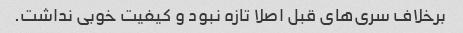
برخلاف سری‌های قبل اصلا تازه نبود و کیفیت خوبی نداشت.